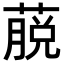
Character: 𦸍